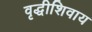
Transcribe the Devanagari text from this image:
वृद्धीशिवाय